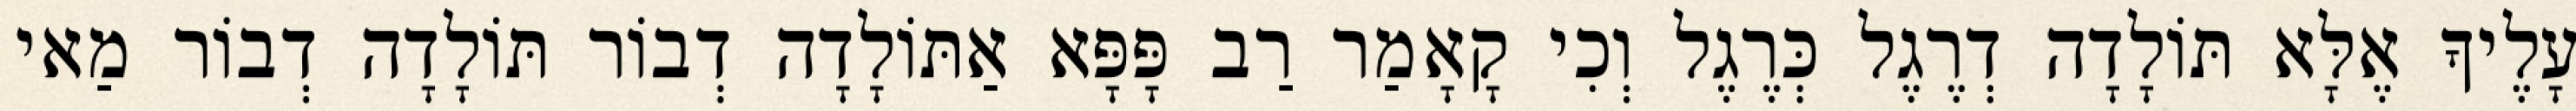
עָלֶיךָ אֶלָּא תּוֹלָדָה דְרֶגֶל כְּרֶגֶל וְכִי קָאָמַר רַב פָּפָּא אַתּוֹלָדָה דְבוֹר תּוֹלָדָה דְבוֹר מַאי